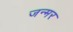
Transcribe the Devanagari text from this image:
जन्मर